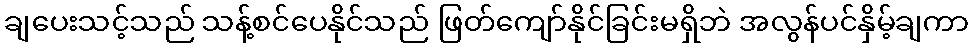
ချပေးသင့်သည် သန့်စင်ပေနိုင်သည် ဖြတ်ကျော်နိုင်ခြင်းမရှိဘဲ အလွန်ပင်နှိမ့်ချကာ